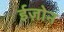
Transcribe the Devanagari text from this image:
ईज़ोन